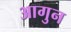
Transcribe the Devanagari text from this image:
आगुन